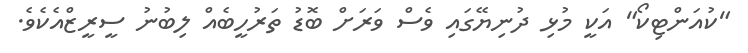
"ކުއަންޓިކޯ" އަކީ މުޅި ދުނިޔޭގައި ވެސް ވަރަށް ބޮޑު ތަރުހީބެއް ލިބުނު ސީރީޒްއެކެވެ.